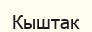
Кыштак